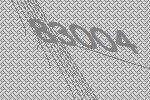
83004